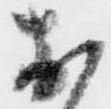
お